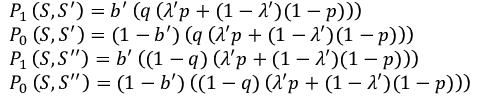
\begin{array} { r l } & { P _ { 1 } \left( S , S ^ { \prime } \right) = b ^ { \prime } \left( q \left( \lambda ^ { \prime } p + ( 1 - \lambda ^ { \prime } ) ( 1 - p ) \right) \right) } \\ & { P _ { 0 } \left( S , S ^ { \prime } \right) = ( 1 - b ^ { \prime } ) \left( q \left( \lambda ^ { \prime } p + ( 1 - \lambda ^ { \prime } ) ( 1 - p ) \right) \right) } \\ & { P _ { 1 } \left( S , S ^ { \prime \prime } \right) = b ^ { \prime } \left( ( 1 - q ) \left( \lambda ^ { \prime } p + ( 1 - \lambda ^ { \prime } ) ( 1 - p ) \right) \right) } \\ & { P _ { 0 } \left( S , S ^ { \prime \prime } \right) = ( 1 - b ^ { \prime } ) \left( ( 1 - q ) \left( \lambda ^ { \prime } p + ( 1 - \lambda ^ { \prime } ) ( 1 - p ) \right) \right) } \end{array}